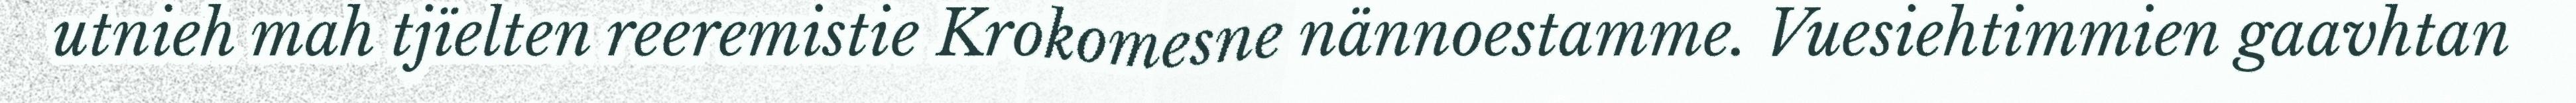
utnieh mah tjïelten reeremistie Krokomesne nännoestamme. Vuesiehtimmien gaavhtan